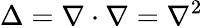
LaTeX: \Delta=\nabla\cdot\nabla=\nabla^{2}